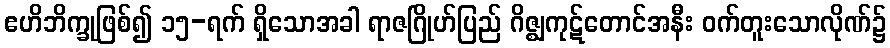
ဧဟိဘိက္ခုဖြစ်၍ ၁၅-ရက် ရှိသောအခါ ရာဇဂြိုဟ်ပြည် ဂိဇ္ဈကုဋ်တောင်အနီး ဝက်တူးသောလိုဏ်၌